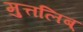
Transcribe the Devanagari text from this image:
मुत्तलिब्